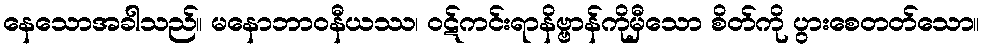
နေသောအခါသည်။ မနောဘာဝနီယဿ၊ ဝဋ်ကင်းရာနိဗ္ဗာန်ကိုမှီသော စိတ်ကို ပွားစေတတ်သော။